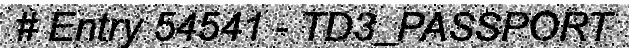
# Entry 54541 - TD3_PASSPORT